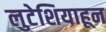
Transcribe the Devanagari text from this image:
लुटेशियाहून